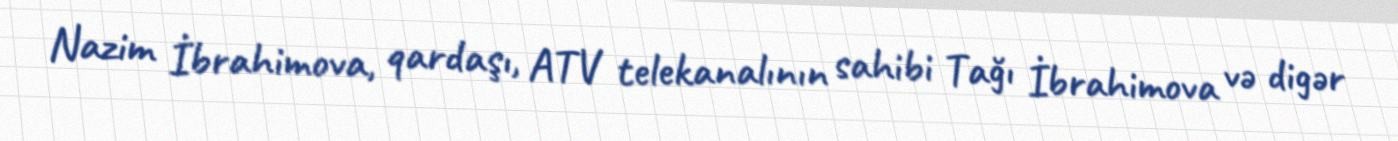
Nazim İbrahimova, qardaşı, ATV telekanalının sahibi Tağı İbrahimova və digər